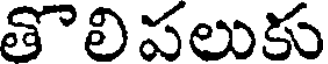
తొలిపలుకు